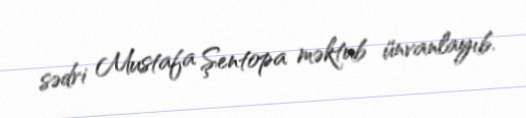
sədri Mustafa Şentopa məktub ünvanlayıb.